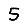
Digit: 5